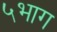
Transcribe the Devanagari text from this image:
५भाग